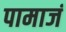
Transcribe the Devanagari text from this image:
पामाजं